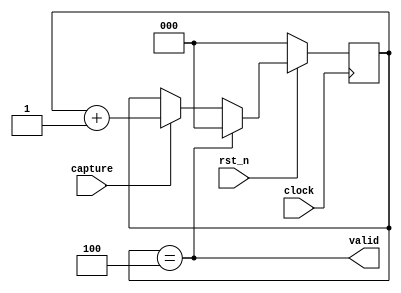
module ctrl_proc (
  input rst_n, clock,
  input capture,
  output valid
);

  reg [2:0] cstate;

  always @( posedge clock )
    if( !rst_n )
      cstate <= 0;
    else
      if( cstate == 4 )
        cstate <= 0;
      else
        if( capture )
          cstate <= cstate + 1;
        else
          cstate <= cstate;

  assign valid = ( cstate == 4 );

endmodule